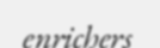
enrichers